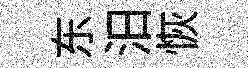
东汨恢